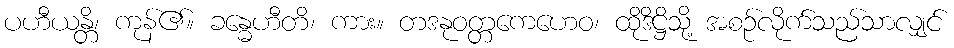
ပဟီယန္တိ၊ ကုန်၏။ ခန္ဓေဟီတိ၊ ကား။ တဒနုဝတ္တကေဟေဝ၊ ထိုဒိဋ္ဌိသို့ အစဉ်လိုက်သည်သာလျှင်